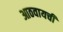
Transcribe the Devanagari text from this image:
आठवायची